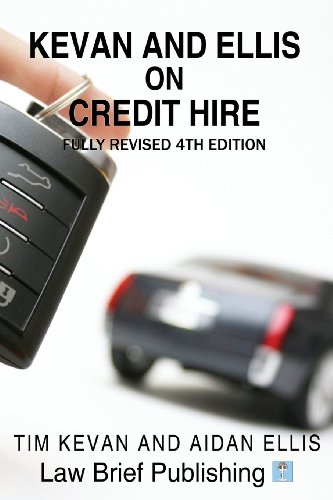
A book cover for Kevan and Ellis on Credit Hire; Tim Kevan; Engineering & Transportation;